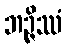
ဘဉ္ဇိဿံ